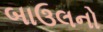
બાઉલનો